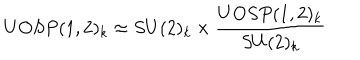
U O S P ( 1 , 2 ) _ { k } \approx S U ( 2 ) _ { k } \times { \frac { U O S P ( 1 , 2 ) _ { k } } { S U ( 2 ) _ { k } } }